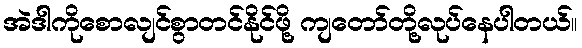
အဲဒါကိုစောလျင်စွာတင်နိုင်ဖို့ ကျတော်တို့လုပ်နေပါတယ်။